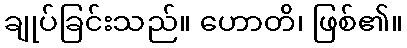
ချုပ်ခြင်းသည်။ ဟောတိ၊ ဖြစ်၏။